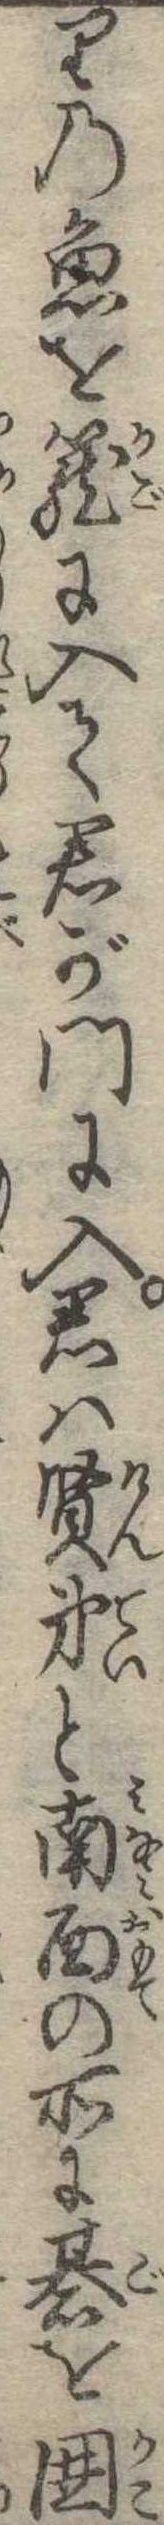
りの魚を篭に入て君が門に入君は賢弟と南面の所に碁を囲